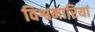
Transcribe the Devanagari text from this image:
विश्वमारियां